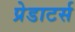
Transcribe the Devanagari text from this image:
प्रेडाटर्स